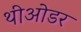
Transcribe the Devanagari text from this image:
थीओडर